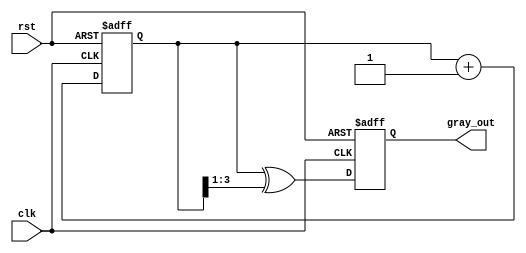
module gray_code_counter #(parameter N = 4) (
    input wire clk,           // Clock signal
    input wire rst,           // Asynchronous reset signal
    output reg [N-1:0] gray_out // Gray code output
);

// Internal binary counter
reg [N-1:0] bin_count;

// Function to convert binary to Gray code
function [N-1:0] binary_to_gray;
    input [N-1:0] bin;
    begin
        binary_to_gray = bin ^ (bin >> 1);
    end
endfunction

// Always block for counting and Gray code conversion
always @(posedge clk or posedge rst) begin
    if (rst) begin
        // Reset the binary counter and Gray code output
        bin_count <= 0;
        gray_out <= binary_to_gray(0);
    end else begin
        // Increment the binary counter
        bin_count <= bin_count + 1;
        // Update the Gray code output
        gray_out <= binary_to_gray(bin_count);
    end
end

endmodule